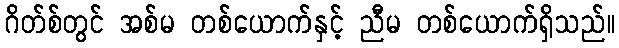
ဂိတ်စ်တွင် အစ်မ တစ်ယောက်နှင့် ညီမ တစ်ယောက်ရှိသည်။